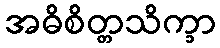
အဓိစိတ္တသိက္ခာ